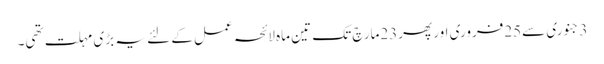
3 جنوری سے25فروری اور پھر23مارچ تک تین ماہ لائحہ عمل کے لئے یہ بڑی مہلت تھی۔